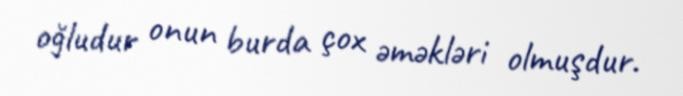
oğludur onun burda çox əməkləri olmuşdur.